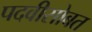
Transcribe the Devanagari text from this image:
पदवीसोबत